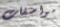
مواصفات